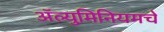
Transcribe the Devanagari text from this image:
अॅल्युमिनियमचे